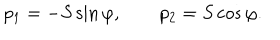
LaTeX: p _ { 1 } = - S \sin \varphi , \qquad p _ { 2 } = S \cos \varphi .